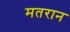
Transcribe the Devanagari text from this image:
मतरान